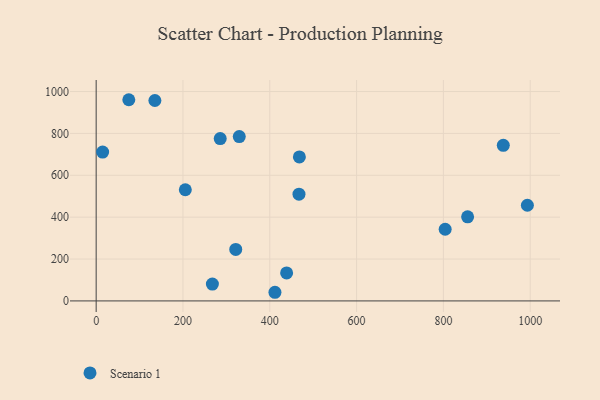
{"axis": {"x": "Ad Spend", "y": "Yield"}, "legend": ["Scenario 1"], "data": [{"x": "438.8", "y": 133.9, "type": "Scenario 1"}, {"x": "267.8", "y": 80.5, "type": "Scenario 1"}, {"x": "321.6", "y": 246.0, "type": "Scenario 1"}, {"x": "14.9", "y": 710.7, "type": "Scenario 1"}, {"x": "467.3", "y": 509.7, "type": "Scenario 1"}, {"x": "411.9", "y": 41.3, "type": "Scenario 1"}, {"x": "993.5", "y": 456.9, "type": "Scenario 1"}, {"x": "135.3", "y": 957.3, "type": "Scenario 1"}, {"x": "804.1", "y": 342.3, "type": "Scenario 1"}, {"x": "285.8", "y": 775.5, "type": "Scenario 1"}, {"x": "329.7", "y": 784.9, "type": "Scenario 1"}, {"x": "938.0", "y": 743.0, "type": "Scenario 1"}, {"x": "75.2", "y": 960.9, "type": "Scenario 1"}, {"x": "855.8", "y": 401.6, "type": "Scenario 1"}, {"x": "468.2", "y": 687.6, "type": "Scenario 1"}, {"x": "205.4", "y": 531.0, "type": "Scenario 1"}]}